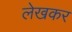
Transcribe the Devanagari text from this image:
लेखकर